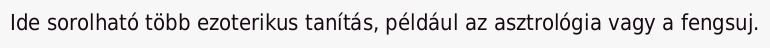
Ide sorolható több ezoterikus tanítás, például az asztrológia vagy a fengsuj.